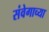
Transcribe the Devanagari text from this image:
संवेगाच्या